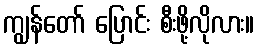
ကျွန်တော် ပြောင်း စီးဖို့လိုလား။